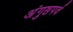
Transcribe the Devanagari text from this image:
अंगुष्ठपर्व